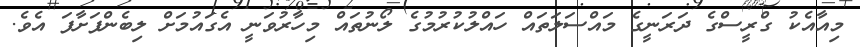
މިއާއެކު ގްރީސްގެ ދަރަނީގެ މައްސަލަތައް ހައްލުކުރުމުގެ ލޯނުތައް މިހާރުވަނީ އެގައުމަށް ލިބެންފަށާފަ އެވެ.